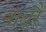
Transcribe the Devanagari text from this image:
नातूरै